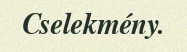
Cselekmény.